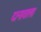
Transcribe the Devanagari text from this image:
दानावाला